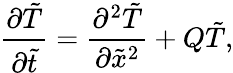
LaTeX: \frac{{\partial\tilde{T}}}{{\partial\tilde{t}}}=\frac{{{\partial^{2}}\tilde{T}}}{{\partial{\tilde{x}^{2}}}}+Q\tilde{T},